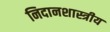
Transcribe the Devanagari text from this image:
निदानशास्त्रीय